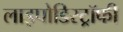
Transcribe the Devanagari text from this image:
लाइपोडिस्ट्रॉफी